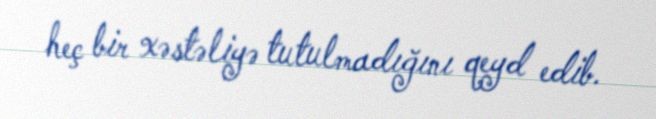
heç bir xəstəliyə tutulmadığını qeyd edib.